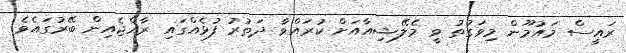
ރައީސް މައުމޫން މިވަގުތު ވީ މެލޭޝިއާއަށް ކުރައްވާ ދަތުރު ފުޅެއްގައި ރާއްޖެއިން ބޭރުގައެވެ.